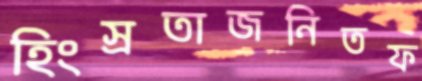
হিংস্রতাজনিতফ